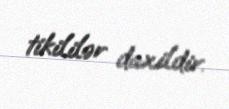
tikililər daxildir.